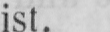
ist.